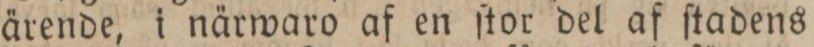
ärende, i närwaro af en ſtor del af ſtadens